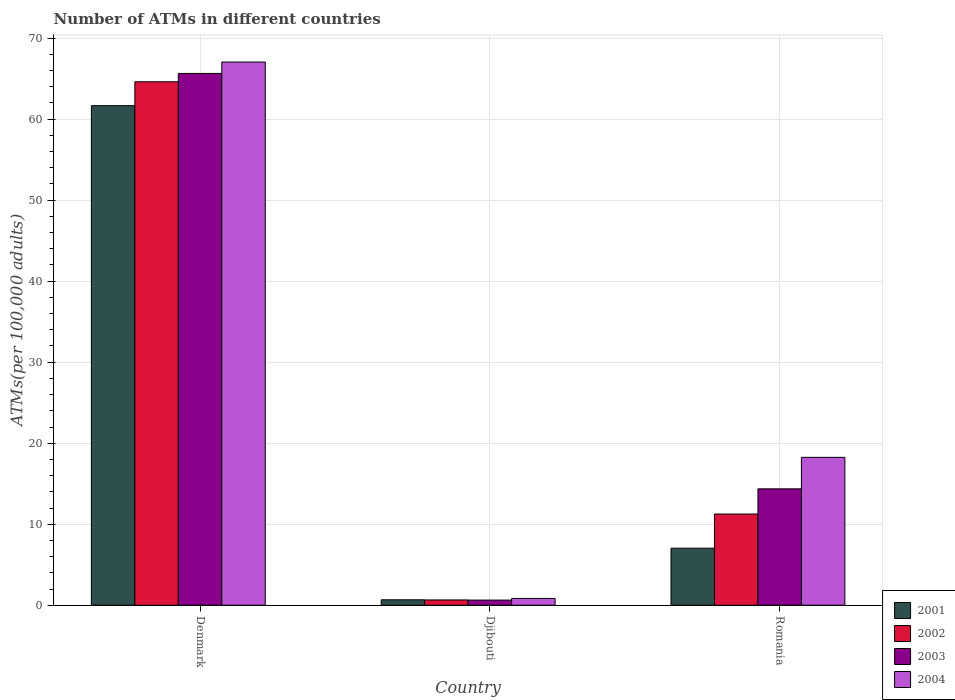
| Country | 2001 | 2002 | 2003 | 2004 |
 | --- | --- | --- | --- | --- |
 | Denmark | 61.7 | 64.6 | 65.6 | 67 |
 | Djibouti | 0.676 | 0.656 | 0.638 | 0.844 |
 | Romania | 7.04 | 11.3 | 14.4 | 18.3 |